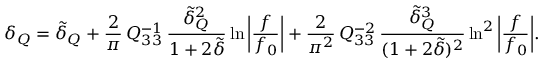
\delta _ { Q } = \tilde { \delta } _ { Q } + \frac { 2 } { \pi } \, Q _ { 3 3 } ^ { - 1 } \, \frac { \tilde { \delta } _ { Q } ^ { 2 } } { 1 + 2 \tilde { \delta } } \ln { \bigg | \frac { f } { f _ { 0 } } \bigg | } + \frac { 2 } { \pi ^ { 2 } } \, Q _ { 3 3 } ^ { - 2 } \, \frac { \tilde { \delta } _ { Q } ^ { 3 } } { ( 1 + 2 \tilde { \delta } ) ^ { 2 } } \ln ^ { 2 } { \bigg | \frac { f } { f _ { 0 } } \bigg | } .